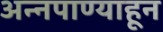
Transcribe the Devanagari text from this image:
अन्नपाण्याहून